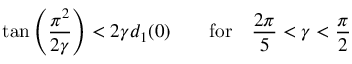
\tan \left( \frac { \pi ^ { 2 } } { 2 \gamma } \right) < 2 \gamma d _ { 1 } ( 0 ) \qquad \mathrm { f o r } \quad \frac { 2 \pi } { 5 } < \gamma < \frac { \pi } { 2 }